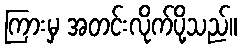
ကြားမှ အတင်းလိုက်ပို့သည်။